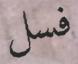
فسل